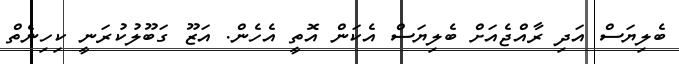
ބެލިޔަސް އަދި ރާއްޖެއަށް ބެލިޔަސް އެކަން އޮތީ އެހެން. އަޒޫ ގަބޫލުކުރަނީ ކިހިނެތް